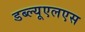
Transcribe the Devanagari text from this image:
डब्ल्यूएलएस